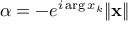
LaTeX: \alpha = - e ^ { i \arg x _ { k } } \| \mathbf { x } \|